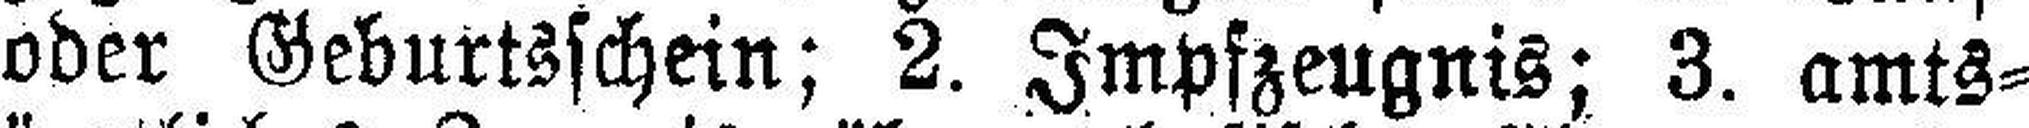
oder Geburtsschein; 2. Impfzeugnis; 3. amts¬